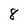
Character: 8